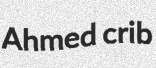
Ahmed crib